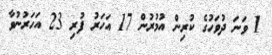
1 ވަނަ ދުވަހުގެ ކުރިން އުމުރުން 17 އަހަރު ފުރި 23 އަހަރުނުވާ